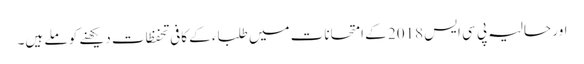
اور حالیہ پی سی ایس 2018 کے امتحانات میں طلباء کے کافی تحفظات دیکھنے کو ملے ہیں۔